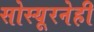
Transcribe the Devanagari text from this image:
सोस्यूरनेही